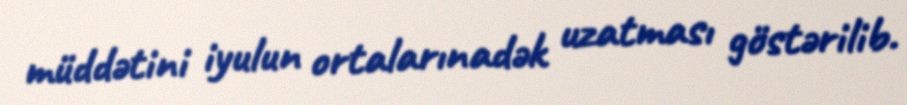
müddətini iyulun ortalarınadək uzatması göstərilib.